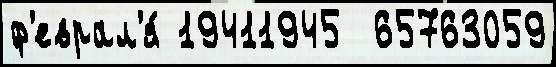
ф'еврал'я́ 19411945  65763059